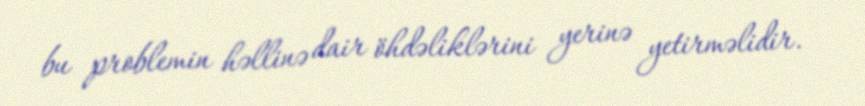
bu problemin həllinə dair öhdəliklərini yerinə yetirməlidir.